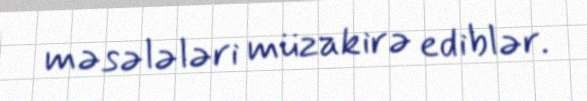
məsələləri müzakirə ediblər.